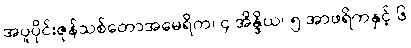
အပူပိုင်းဇုန်သစ်တောအမေရိက၊ ၄ အိန္ဒိယ၊ ၅ အာဖရိကနှင့် ၆